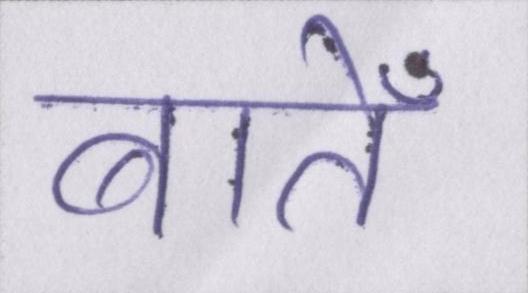
बातेँ